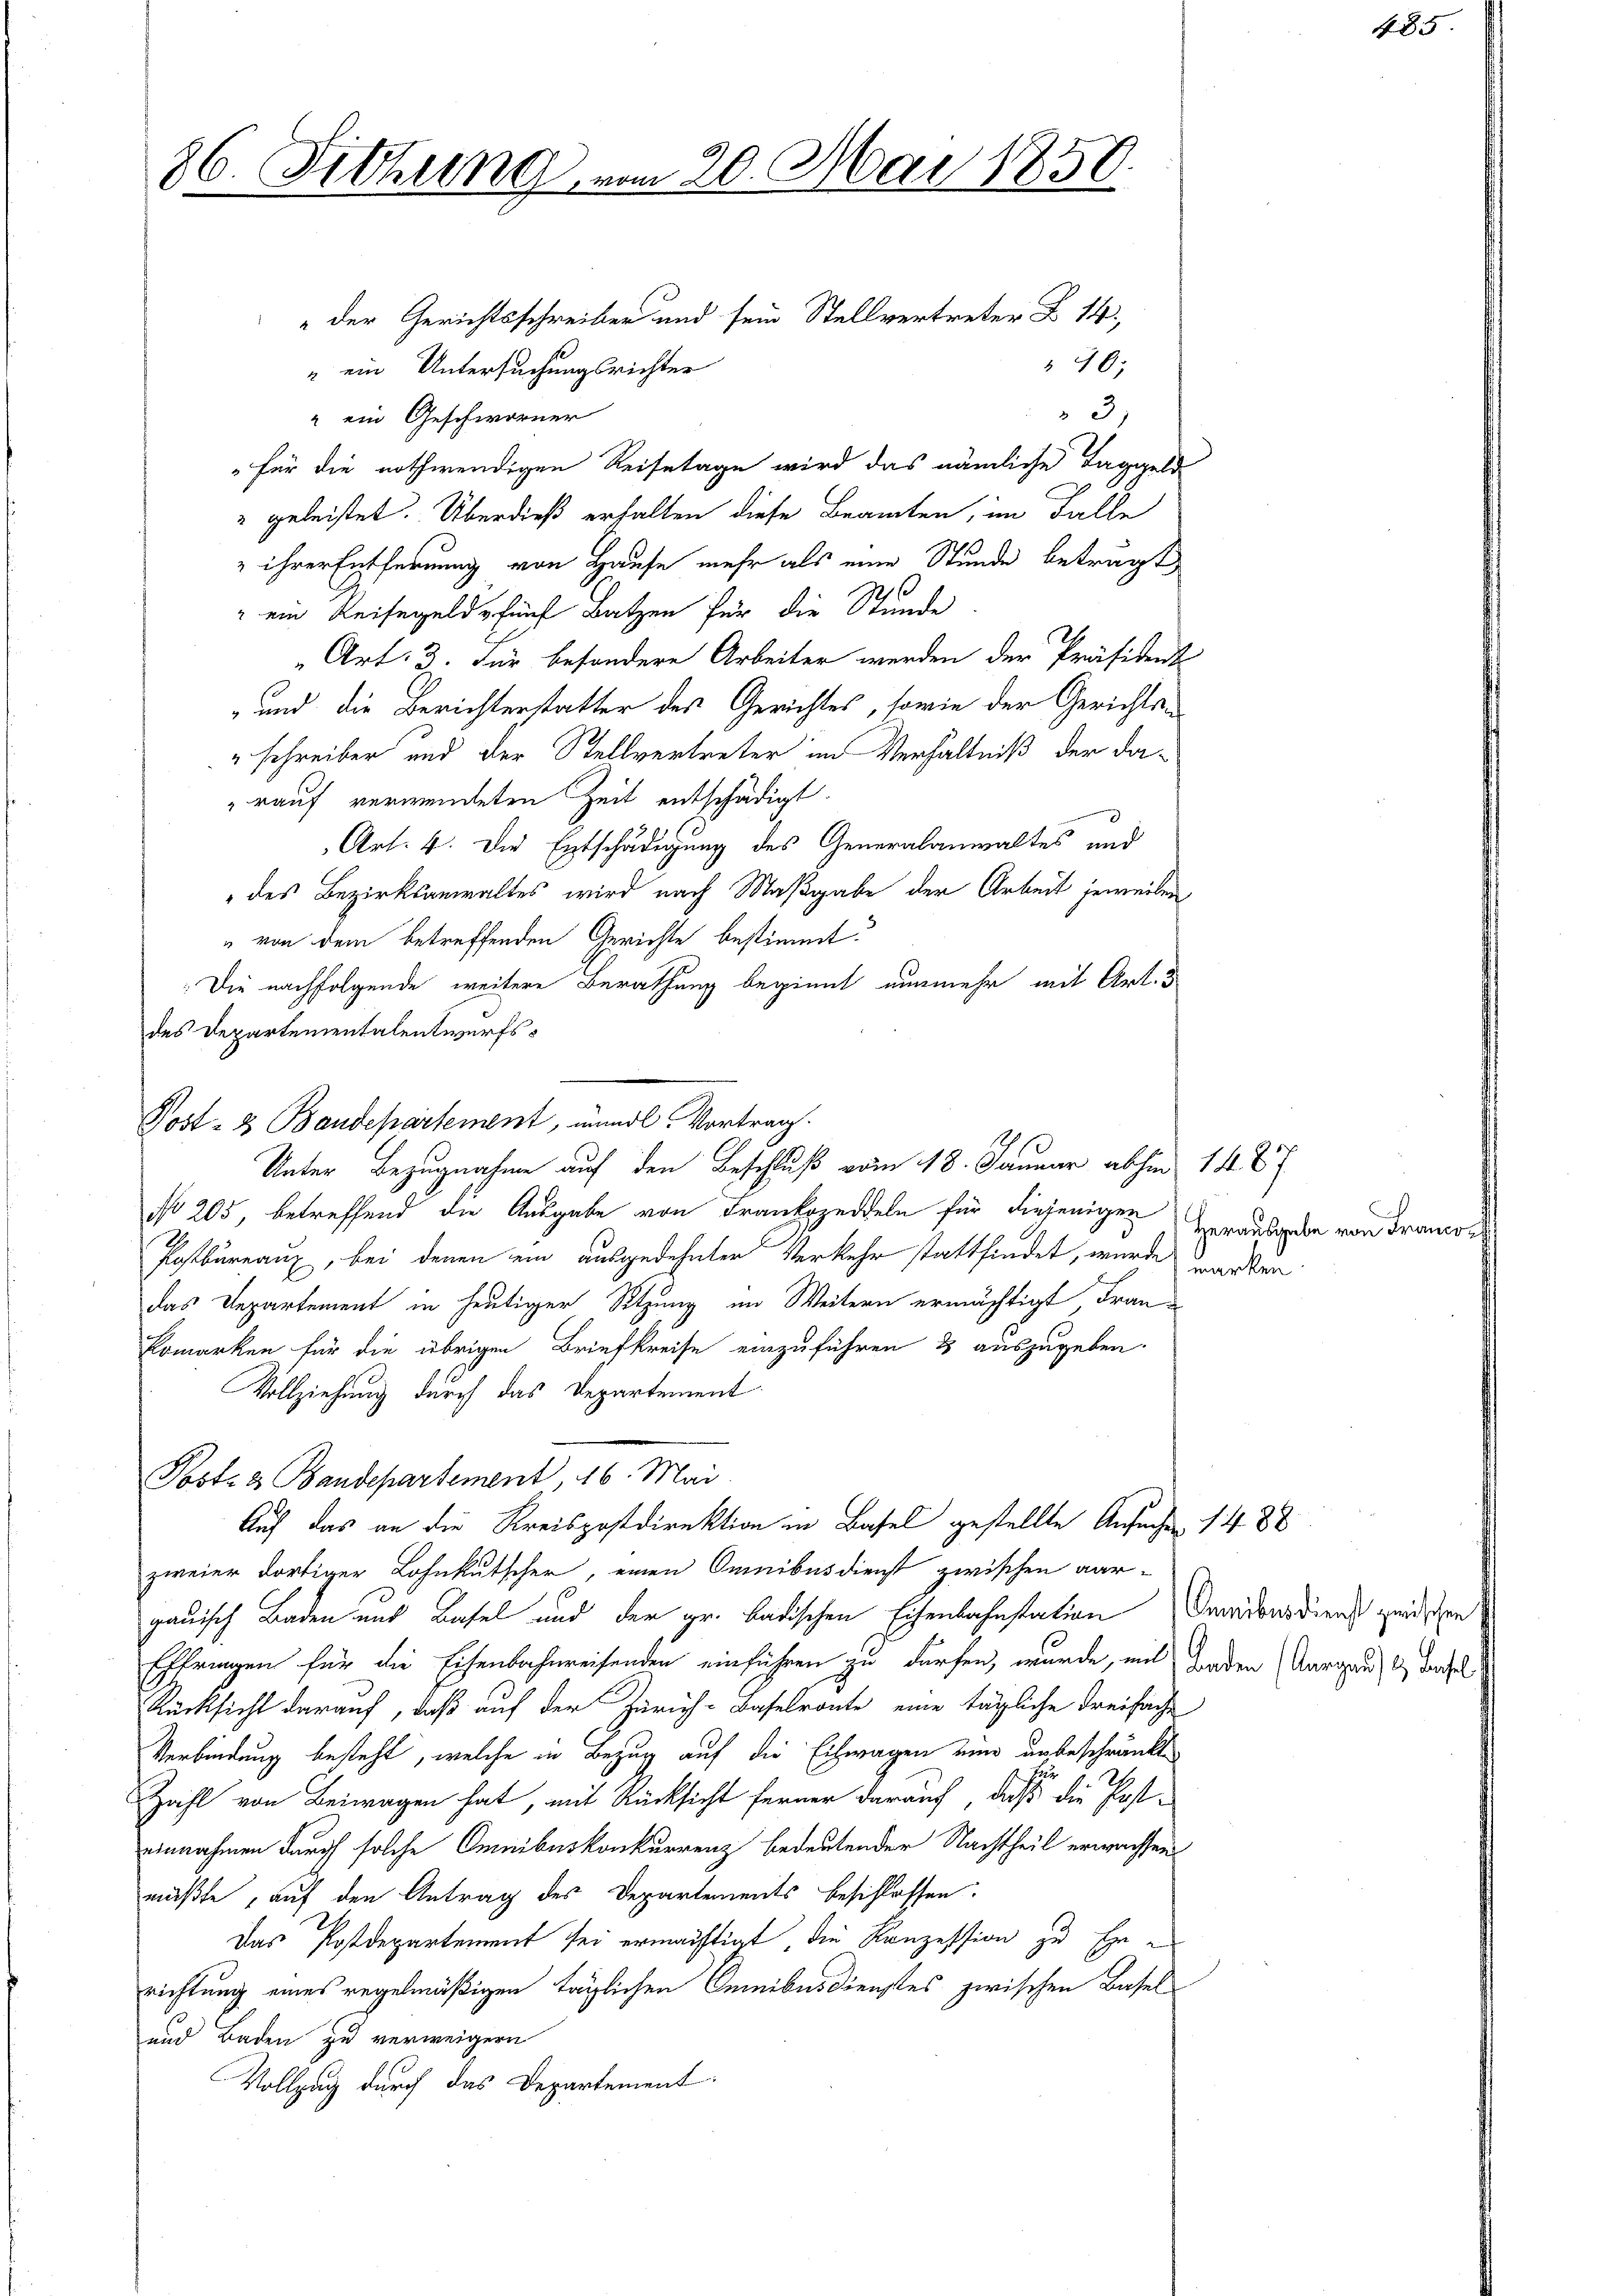
86. Sitzung.

Post- & Baudepartement, mündl Vortrag

" der Gerichtsschreiber und sein Stellvertreter B. 14.
40.
" ein Untersuchungsrichter
3,
" ein Geschworner
für die nothwendigen Reisetage wird das nämliche Taggeld
" geleistet. Überdieß erhalten diese Beamten, im Falle
 ihrer Entfernung von Hause mehr als eine Stunde beträgt
" ein Reisegeld fünf Batzen für die Stunde
Art: 3. Für besondere Arbeiter werden der Präsident
und die Berichterstatter des Gerichtes, sowie der Gerichts¬
"schreiber und der Stellvertreter im Verhältniß der da-
rauf verwendeten Zeit entschädigt.
Art. 4. Die Entschädigung des Generalanwaltes und
des Bezirksanwaltes wird nach Maßgabe der Arbeit jeweiben
" von dem betreffenden Gerichte bestimmt.
Die nachfolgende weitere Berathung beginnt nunmehr mit Art. 3
des Departementalentwurfs¬
No 205, betreffend die Ausgabe von Frankozeddeln für diejenigen
Postbureaux, bei denen ein ausgedehnten Verkehr stattfindet, wurde marken.
das Departement in heutiger Sitzung im Weitern ermächtigt Fran¬
Ermarken für die übrigen Briefkreise einzuführen & auszugeben.
Vollziehung durch das Departement
Postea Bandepartement, 16. Mai.
Auf das an die Kreispostdirektion in Basel gestellte Ansuche 1488
zweier dortiger Lohnkutscher, einen Omnibusdienst zwischen aargauisch Baden und Basel und der gr. badischen Eisenbahnstation Omnibusdiens zwischen
Effringen für die Eisenbahnweisenden einführen zu dürfen, wurde, mit Enden Aargau & dasel
Rücksicht darauf, daß auf der Zürich-Baselronte eine tägliche Freifache
Verbindung besteht, welche in Bezug auf die Eilwagen ein unbeschränkt
z
2
Zahl von Beiwagen hat, mit Rücksicht ferner darauf, daß die Ersteinnahmen durch solche Omnibuskonkurrenz bedeutender Nachtheil erwachsen
müßte, auf den Antrag des Departements beschlossen:
Das Postdepartement sei ermächtigt, die Konzession zu Errichtung eines regelmäßigen täglichen Gemibesdienstes zwischen Basel
und Baden zu verweigern
Vollzug durch das Departement

20. Mai 1850.

Unter Bezugnahme auf den Beschluß vom 18. Januar abhin 148 x

Herausgabe von Frau